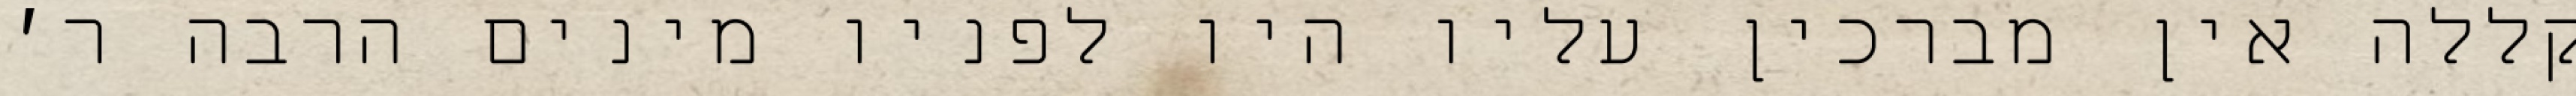
קללה אין מברכין עליו היו לפניו מינים הרבה ר׳